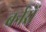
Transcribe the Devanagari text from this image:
बर्नरों